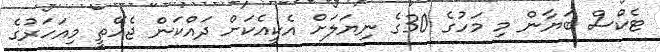
ޓެކްސް ބަޔާން މި މަހުގެ 30ގެ ނިޔަލަށް އެކީއެކަށް ދައްކަން ޖެހޭތީ މިއަހަރުގެ